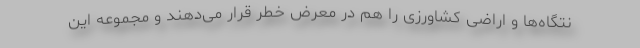
نتگاه‌ها و اراضی کشاورزی را هم در معرض خطر قرار می‌دهند و مجموعه این